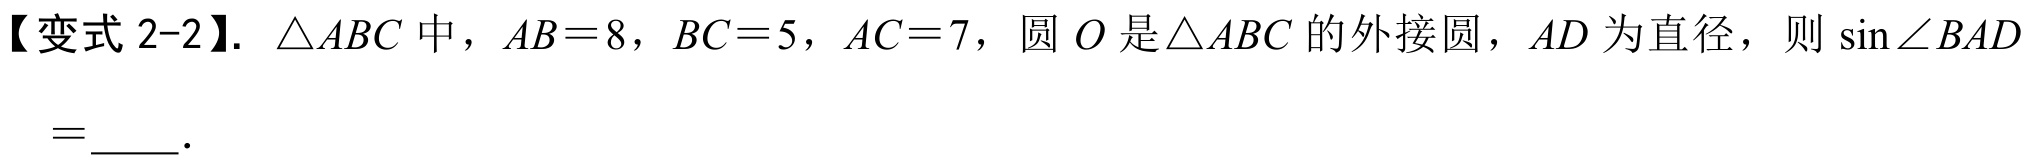
【变式 2-2】. $\triangle ABC$中，$AB = 8$，$BC = 5$，$AC = 7$，圆$O$是$\triangle ABC$的外接圆，$AD$为直径，则$\sin\angle BAD$ =  ．